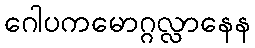
ဂေါပကမောဂ္ဂလ္လာနေန